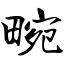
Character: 畹